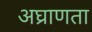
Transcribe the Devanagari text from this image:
अघ्राणता